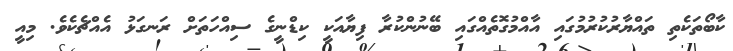
ކާބޯތަކެތި ތައްޔާރުކުރުމުގައި އާއްމުގޮތެއްގައި ބޭނުންކުރާ ފިޔާއަކީ ކިޑްނީގެ ސިއްހަތަށް ރަނގަޅު އެއްޗެކެވެ. މިއީ